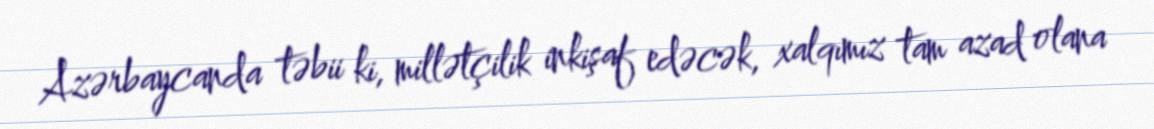
Azərbaycanda təbii ki, millətçilik inkişaf edəcək, xalqımız tam azad olana